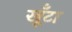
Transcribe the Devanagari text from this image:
खूँटा